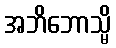
အဘိဘောသ္မိ